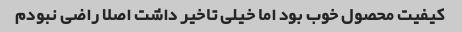
کیفیت محصول خوب بود اما خیلی تاخیر داشت اصلا راضی نبودم